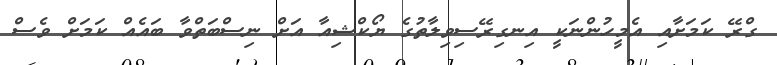
ގްރޭ ކަމަށާއި އެމީހުންނަކީ އިނގިރޭސިވިލާތުގެ ޔޯކްޝިއާ އަށް ނިސްބަތްވާ ބައެއް ކަމަށް ވެސް